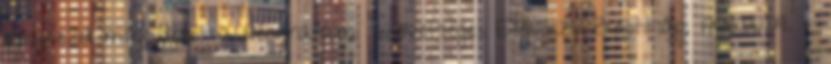
megkezdi mûködését a négyhatalmi Szövetséges Ellenõrzõ Bizottság. 1945.06.09. -